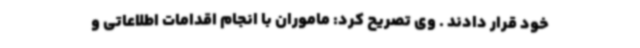
خود قرار دادند . وی تصریح کرد: ماموران با انجام اقدامات اطلاعاتی و